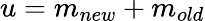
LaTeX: u=m_{new}+m_{old}